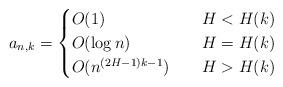
LaTeX: \begin{align*} a_{n,k}&= \begin{cases} O(1) \quad& H< H(k) \\ O(\log n) \quad& H= H(k) \\ O(n^{(2H-1)k-1}) \quad& H> H(k) \end{cases} \end{align*}